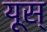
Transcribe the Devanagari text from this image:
यूस्